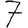
Digit: 7